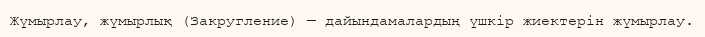
Жүмырлау, жүмырлық (Закругление) — дайындамалардың үшкір жиектерін жүмырлау.